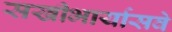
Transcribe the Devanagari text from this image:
सखीभार्यासवे